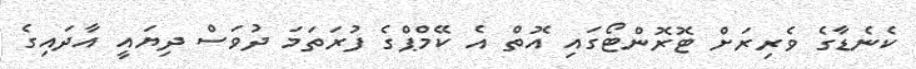
ކެނެޑާގެ ވެރިރަށް ޓޮރޮންޓޯގައި އޮތް އެ ކޭމްޕްގެ ފުރަތަމަ ދުވަސް ދިޔައީ އާދައިގެ